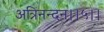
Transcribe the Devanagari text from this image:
अत्रिनन्‍दन।।५।।